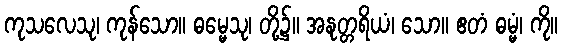
ကုသလေသု၊ ကုန်သော။ ဓမ္မေသု၊ တို့၌။ အနုတ္တရိယံ၊ သော။ ဧတံ ဓမ္မံ၊ ကို။